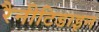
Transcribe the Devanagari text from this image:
रैनीटिडाइन